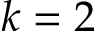
k = 2